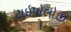
ટાઇપોલોજી